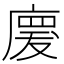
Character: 𢊤